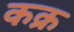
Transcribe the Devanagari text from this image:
कक्र